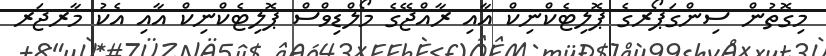
މިގޮތުން ސިންގަޕޯރގެ ޕޮލިޓެކްނިކް އާއި ރާއްޖޭގެ މޯލްޑިވްްސް ޕޮލިޓެކްނިކް އާއި އެކު މާރޖަރ